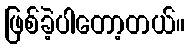
ဖြစ်ခဲ့ပါတော့တယ်။